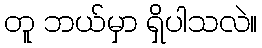
တူ ဘယ်မှာ ရှိပါသလဲ။